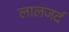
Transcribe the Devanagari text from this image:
लालजर्द